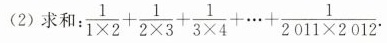
(2)求 $$\frac { 1 } { 1 \times 2 } + \frac { 1 } { 2 \times 3 } + \frac { 1 } { 3 \times 4 } + \cdots + \frac { 1 } { 2 0 1 1 \times 2 0 1 2